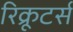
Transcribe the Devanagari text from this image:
रिक्रूटर्स